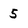
Character: 5